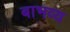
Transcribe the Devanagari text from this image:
बाभव्य